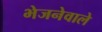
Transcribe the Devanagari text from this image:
भेजनेवाले